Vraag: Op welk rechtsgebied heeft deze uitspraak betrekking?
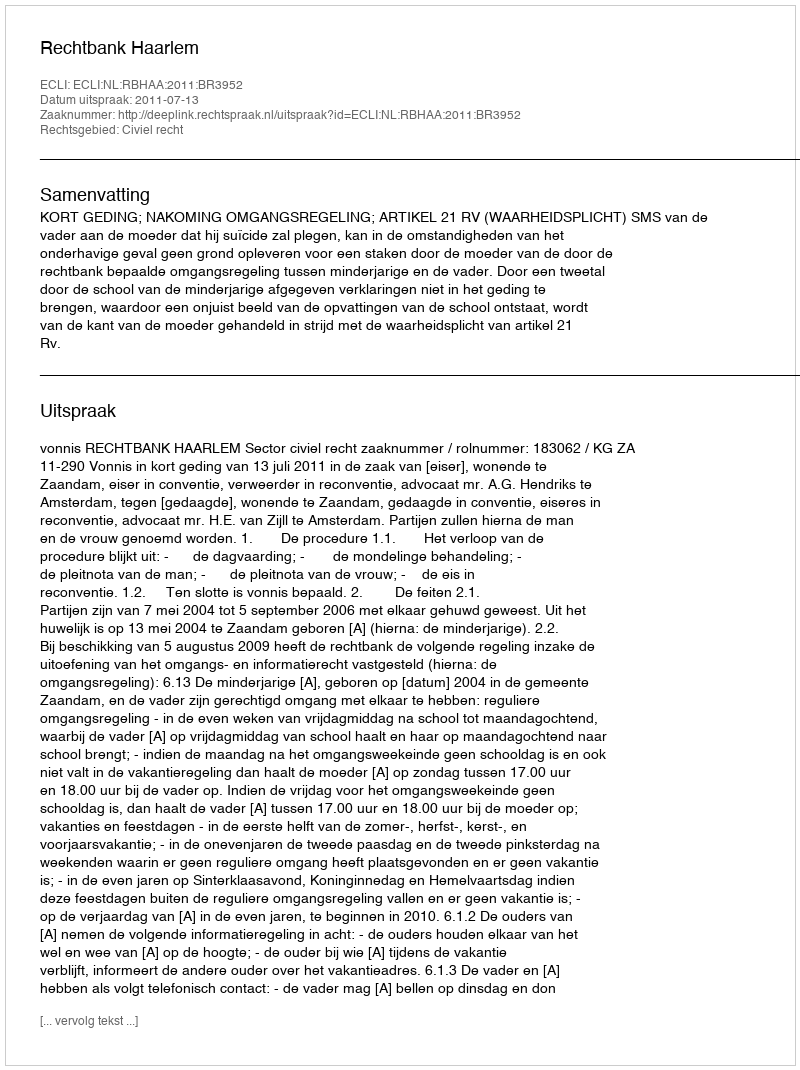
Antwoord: Civiel recht